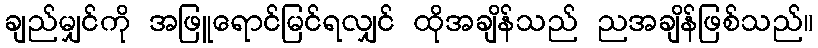
ချည်မျှင်ကို အဖြူရောင်မြင်ရလျှင် ထိုအချိန်သည် ညအချိန်ဖြစ်သည်။